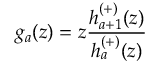
g _ { a } ( z ) = z \frac { h _ { a + 1 } ^ { ( + ) } ( z ) } { h _ { a } ^ { ( + ) } ( z ) }